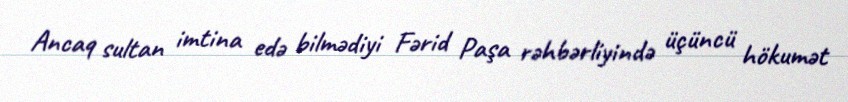
Ancaq sultan imtina edə bilmədiyi Fərid Paşa rəhbərliyində üçüncü hökumət